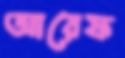
আরেফ